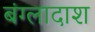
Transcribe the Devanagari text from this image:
बंग्लादाश